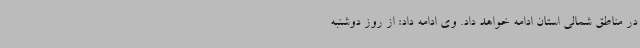
در مناطق شمالی استان ادامه خواهد داد. وی ادامه داد: از روز دوشنبه